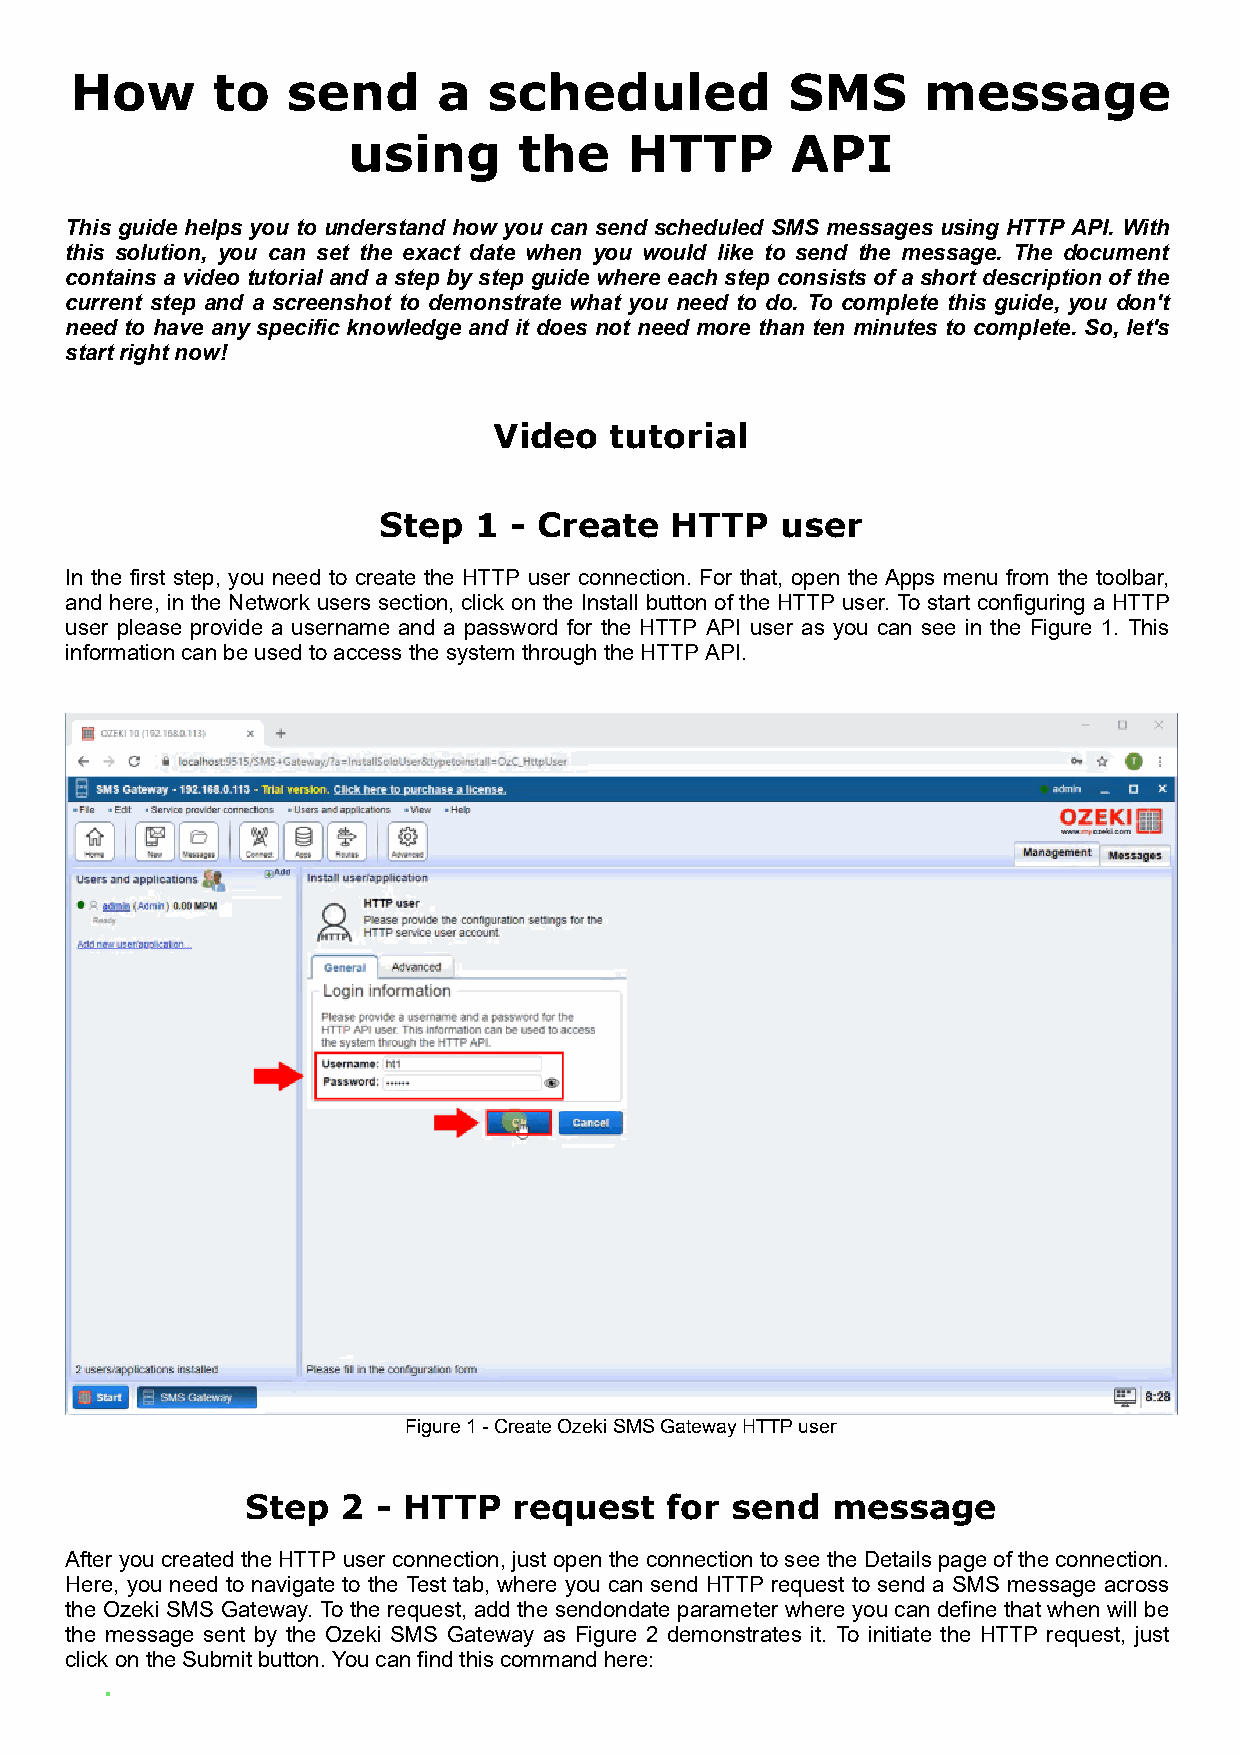
How      to   send      a  scheduled           SMS      message
 using      the     HTTP      API
 This guide helps you to understand how you can send scheduled SMS messages using HTTP API. With
 this solution, you can set the exact date when you would like to send the message. The document
 contains a video tutorial and a step by step guide where each step consists of a short description of the
 current step and a screenshot to demonstrate what you need to do. To complete this guide, you don't
 need to have any specific knowledge and it does not need more than ten minutes to complete. So, let's
 start right now!
 Video  tutorial
 Step  1  - Create  HTTP    user
 In the first step, you need to create the HTTP user connection. For that, open the Apps menu from the toolbar,
 and here, in the Network users section, click on the Install button of the HTTP user. To start configuring a HTTP
 user please provide a username and a password for the HTTP API user as you can see in the Figure 1. This
 information can be used to access the system through the HTTP API.
 Figure 1 - Create Ozeki SMS Gateway HTTP user
 Step   2 - HTTP   request   for send   message
 After you created the HTTP user connection, just open the connection to see the Details page of the connection.
 Here, you need to navigate to the Test tab, where you can send HTTP request to send a SMS message across
 the Ozeki SMS Gateway. To the request, add the sendondate parameter where you can define that when will be
 the message sent by the Ozeki SMS Gateway as Figure 2 demonstrates it. To initiate the HTTP request, just
 click on the Submit button. You can find this command here: